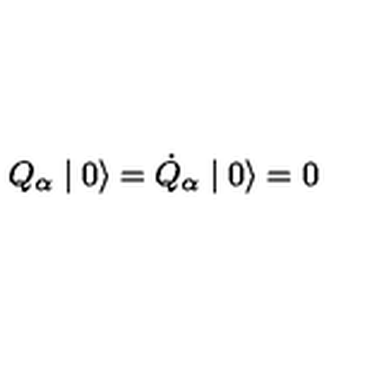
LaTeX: Q _ { \alpha } \mid 0 \rangle = \dot { Q } _ { \alpha } \mid 0 \rangle = 0